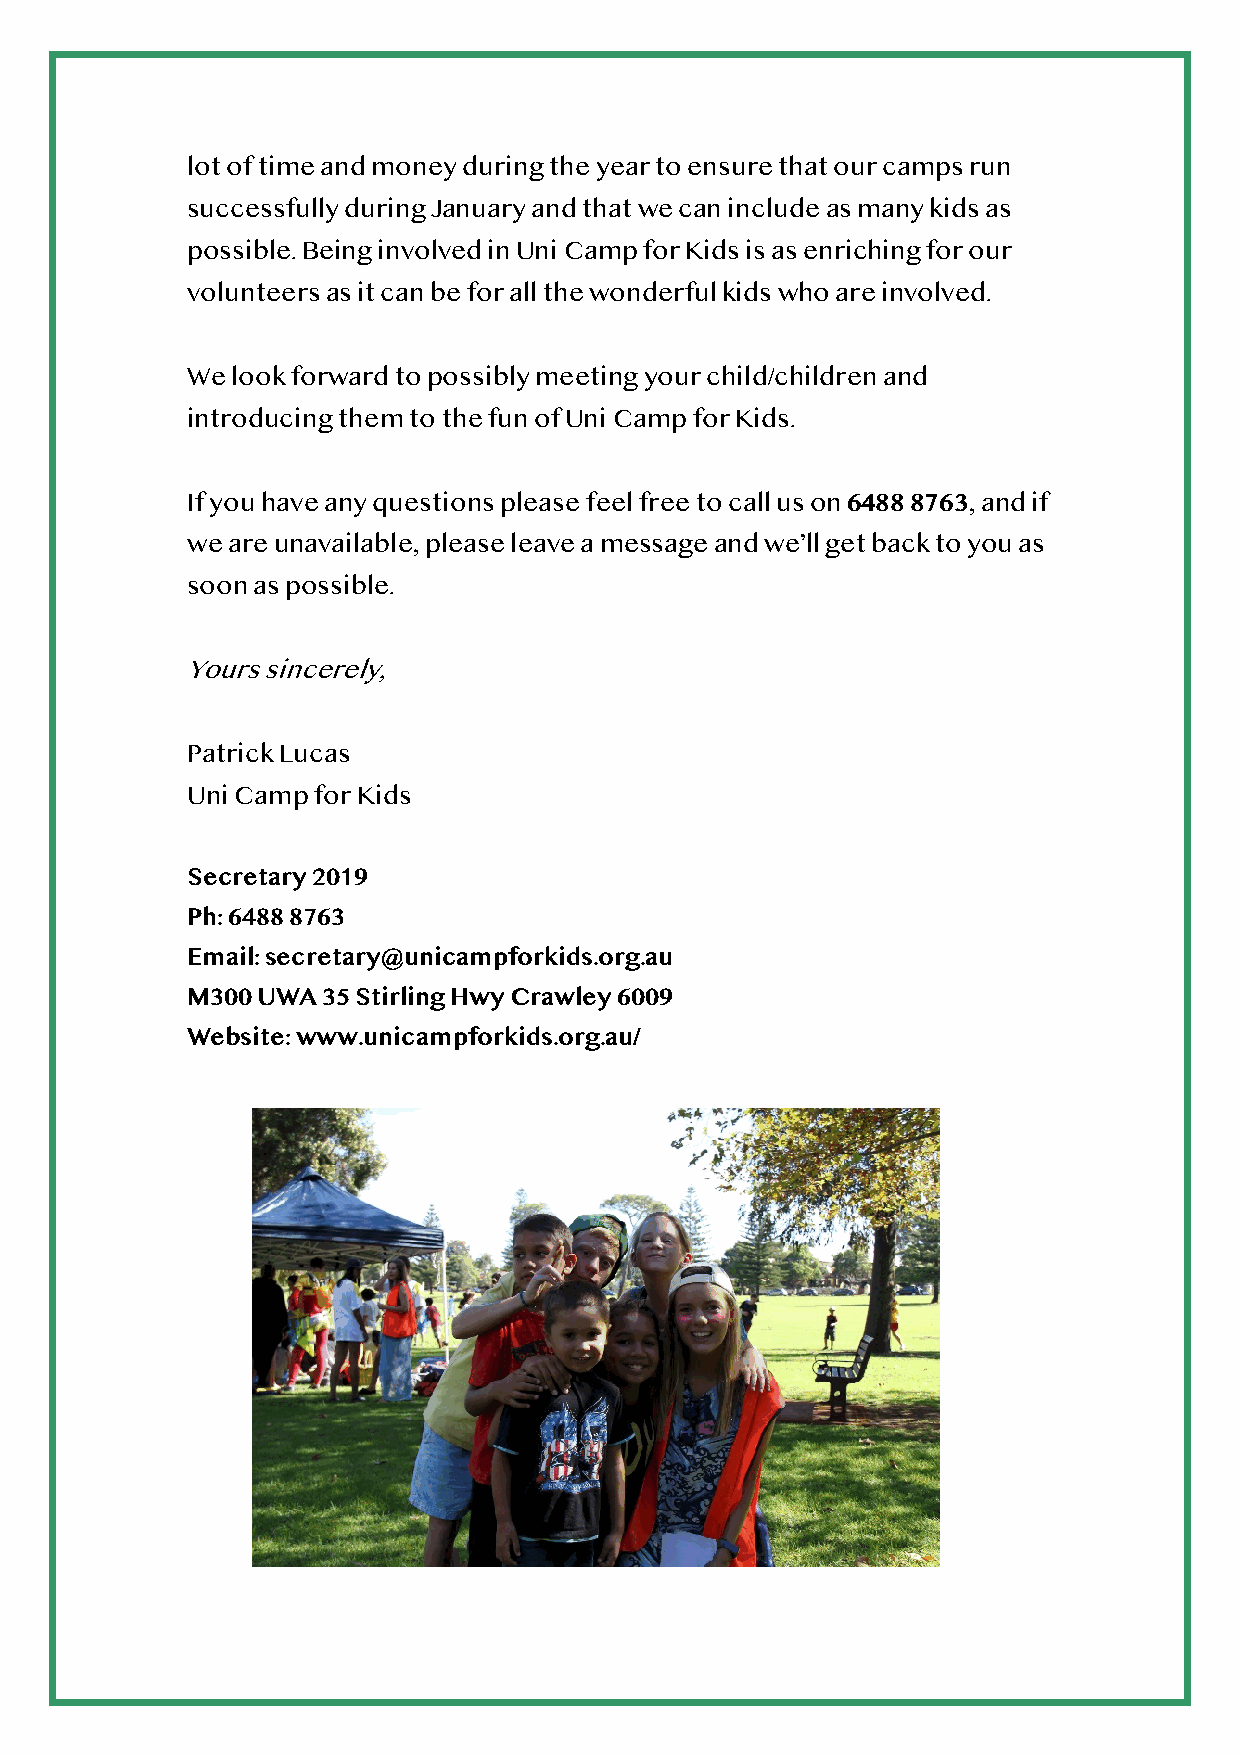
lot of time and money during the year to ensure that our camps run
 successfully during January and that we can include as many kids as
 possible. Being involved in Uni Camp for Kids is as enriching for our
 volunteers as it can be for all the wonderful kids who are involved.
 We look forward to possibly meeting your child/children and
 introducing them to the fun of Uni Camp for Kids.
 If you have any questions please feel free to call us on 6488 8763, and if
 we are unavailable, please leave a message and we’ll get back to you as
 soon as possible.
 Yours sincerely,
 Patrick Lucas
 Uni Camp for Kids
 Secretary 2019
 Ph: 6488 8763
 Email: secretary@unicampforkids.org.au
 M300 UWA 35 Stirling Hwy Crawley 6009
 Website: www.unicampforkids.org.au/